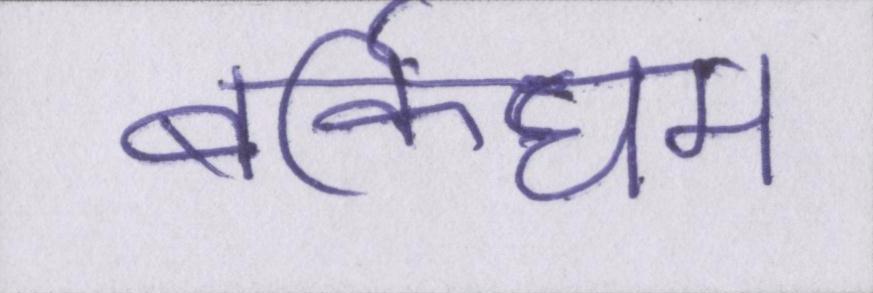
बर्किघम